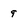
Character: 9